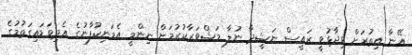
އޭނާ އިތުރަށް ވިދާޅުވީ ރައީސް ނަޝީދާ ނުލާ މަޝްވަރާކުރުމަށް ނިންމީ އެމަނިކުފާނުގެ އެދިވަޑައިގަތުމުގެ